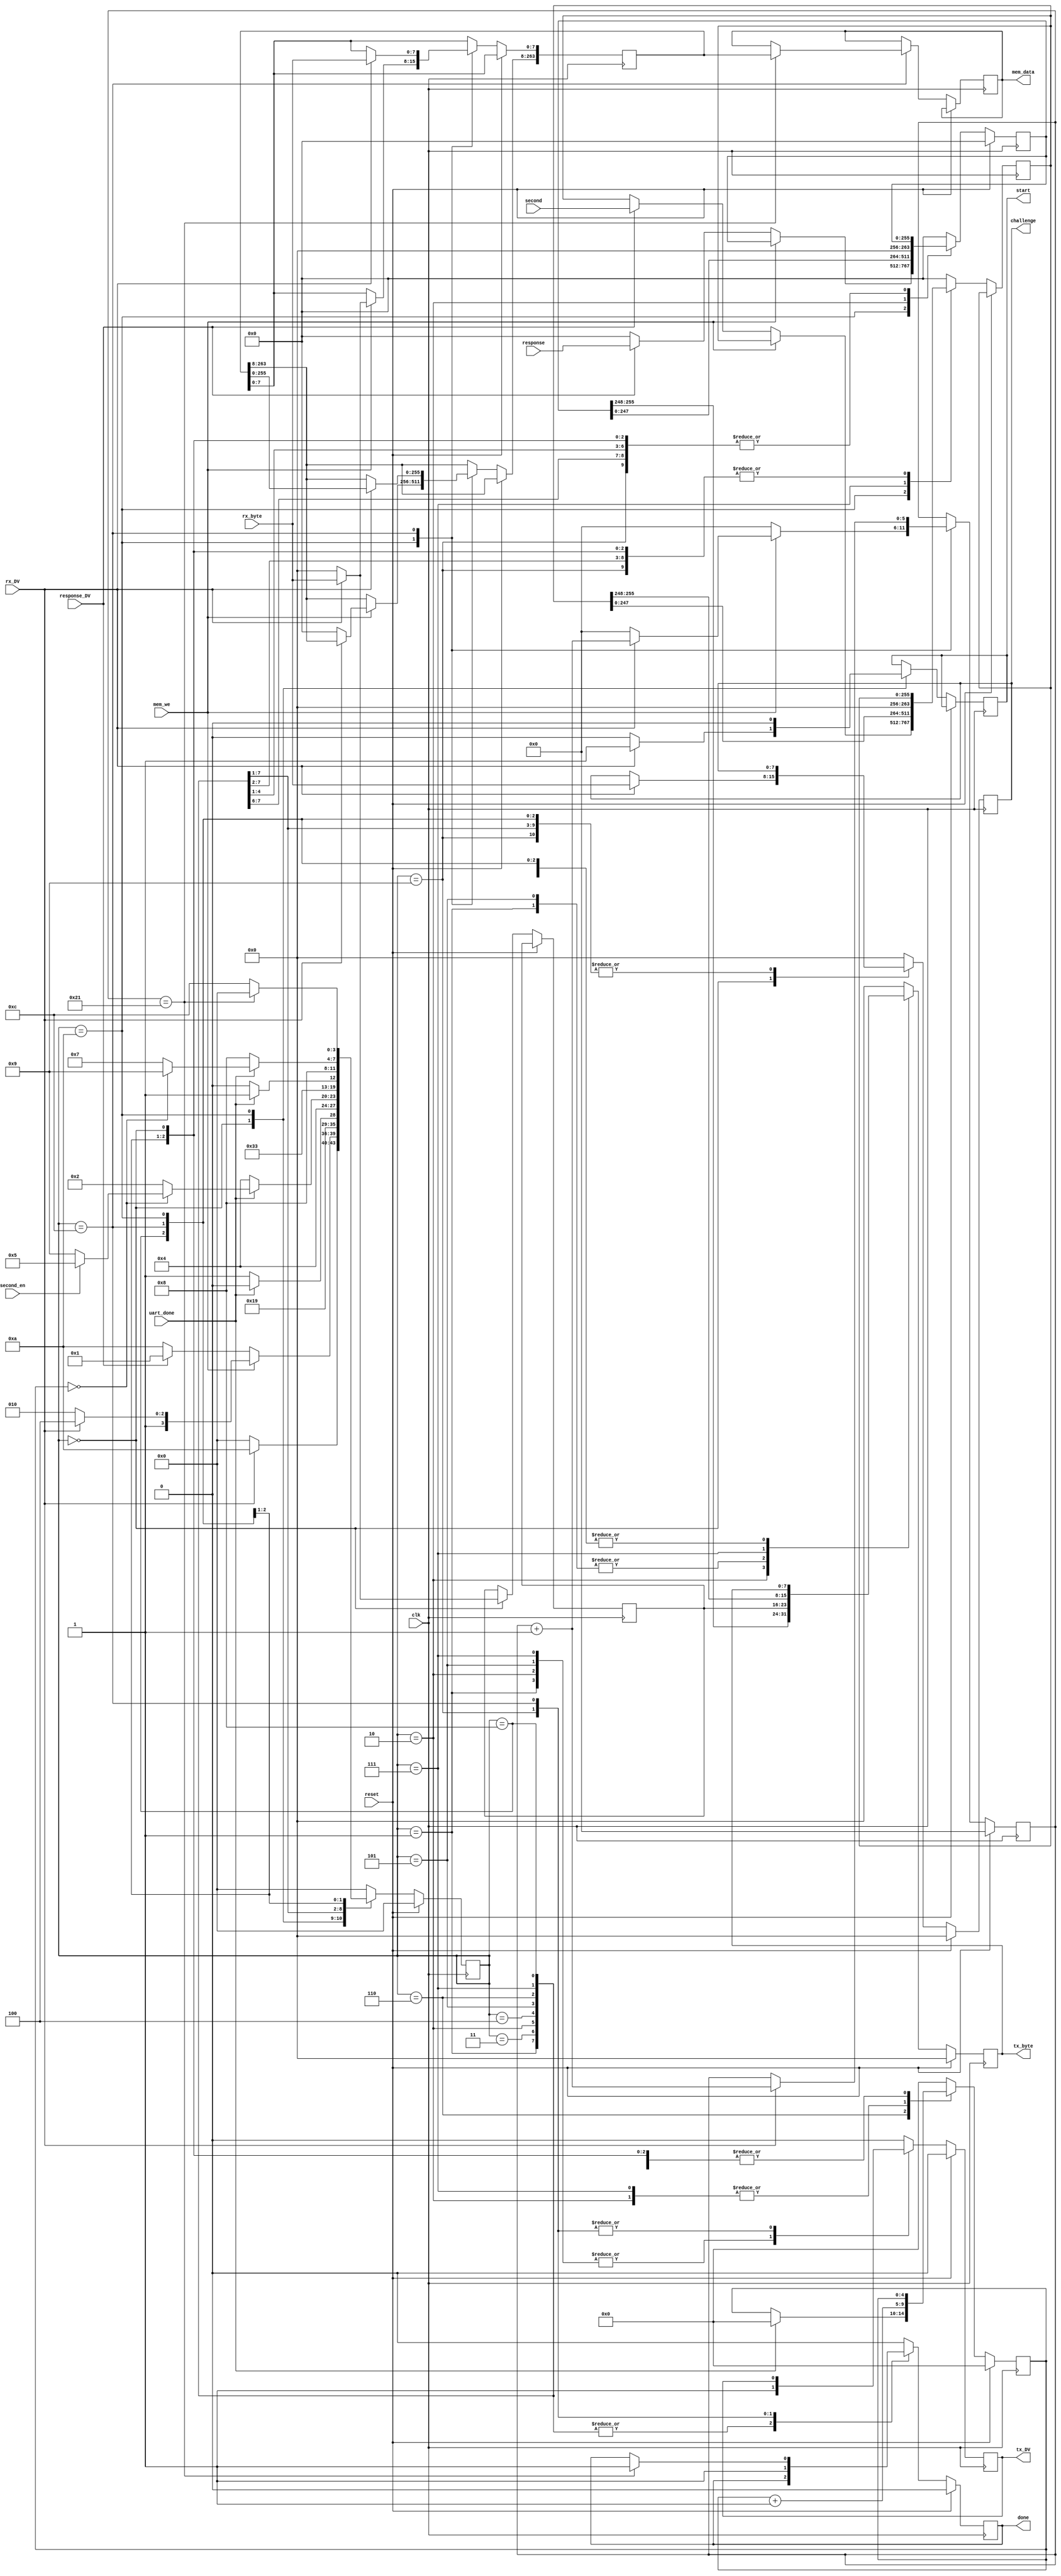
module uart_controller(
    input clk,
    input reset,
    input [7:0] rx_byte,
    input rx_DV,
    input [255:0] response,
    input response_DV,
    input uart_done,
    input mem_we,
    output reg [7:0] challenge,
    output reg [7:0] tx_byte,
    output reg tx_DV,
    output reg done,
    output reg start,
    output reg [263:0] mem_data,
	/////////////////////////////
	input [255:0] second,
    input second_en  
	
    );
    
    // FSM State variables
    reg [3:0] state;
    parameter SLEEP=4'd0, SENDC=4'd1, SENDR=4'd2, WAITC=4'd3, WAITR=4'd4, SENDC2=4'd5, WAITC2=4'd6, SENDS=4'd7, WAITS=4'd8, END=4'd9, IDLE=4'd10, RECV=4'd11, RECV_MEM=4'd12;
    
    // Counter 0 to 31
    reg [4:0] counter;
    reg [5:0] counter_wm;
    
    reg [263:0] write_data;
    
    // Temp register
    reg [255:0] temp_response;
	reg [255:0] temp_second;
    reg [7:0] temp_challenge ;
    
    always@(posedge clk) begin
        if (reset) begin
            state <=SLEEP;
            tx_byte <= 8'd0;
            tx_DV <= 1'b0;
            done <= 1'b0;
            counter <= 5'b0;
            temp_response <= 256'b0;
            counter_wm <= 6'b0;
            challenge <= 8'b0;
        end
        else begin
            case (state)
                SLEEP: begin
                    tx_byte <= 8'd0;
                    tx_DV <= 1'b0;
                    done <= 1'b0;
                    if (rx_DV) begin
                        state <= IDLE;
                        temp_challenge <= rx_byte;
                        challenge <= rx_byte;
                        start <= 1'b1;
                    end else begin
                        state <= SLEEP;
                        temp_challenge <= 8'b0;
                        start <= 1'b0;
                    end
                end
                IDLE:   begin
                    tx_DV <= 1'b0;
                    counter <= 5'b0;
                    counter_wm <= 6'b0;
                    done <= 1'b0;
                    start <= 1'b0;
                    if (mem_we) begin
                        if (rx_DV) begin
                            state <= RECV_MEM;
                            write_data[7:0] <= rx_byte;
                            counter_wm <= counter_wm + 1;
                        end else begin
                            state <= IDLE;
                            write_data <= 264'b0;
                        end
                    end
                    else begin
                        if (response_DV) begin
                            state <= SENDC;
                            temp_response <= response;
							temp_second <= second;
                        end else begin
                            state <= IDLE;
                            temp_response <= 256'd0;
                        end
                    end
                end
                SENDC: begin
                    state <= WAITC;
                    tx_byte <= temp_challenge;
                    tx_DV <= 1'b1;                        
                end
                WAITC: begin
                    tx_DV <= 1'b0;
                    if (uart_done) begin
                        state <= SENDR;
                    end else begin
                        state <= WAITC;
                    end
                end
                SENDR:  begin
                    state <= WAITR;
                    tx_byte <= temp_response[255:248];
                    temp_response <= {temp_response[247:0],8'd0};
                    tx_DV <= 1'b1;
                    counter <= counter + 1;
                end
                WAITR:  begin
                    tx_DV <= 1'b0;
                    if (uart_done) begin
                        if (counter == 5'b0)
							if (second_en)
								state <= SENDC2;
							else
								state <= END;
                        else
                            state <= SENDR;
                    end else begin
                        state <= WAITR;
                    end
                end
				SENDC2:	begin
                    state <= WAITC2;
                    tx_byte <= temp_challenge;
                    tx_DV <= 1'b1;                        
                end
                WAITC2: begin
                    tx_DV <= 1'b0;
                    if (uart_done) begin
                        state <= SENDS;
						counter <= 0;
                    end else begin
                        state <= WAITC2;
                    end
                end
				SENDS:  begin
                    state <= WAITS;
                    tx_byte <= temp_second[255:248];
                    temp_second <= {temp_second[247:0],8'd0};
                    tx_DV <= 1'b1;
                    counter <= counter + 1;
                end
                WAITS:  begin
                    tx_DV <= 1'b0;
                    if (uart_done) begin
                        if (counter == 5'b0)
							state <= END;
                        else
                            state <= SENDS;
                    end else begin
                        state <= WAITS;
                    end
                end
                END:    begin
                    state <= SLEEP;
                    done <= 1'b1;
                end
                //-----------------------------------
                RECV_MEM: begin
                    if (rx_DV) begin
                        counter_wm <= counter_wm + 1;
                        write_data <= {write_data[255:0],rx_byte};
                    end
                    if (counter_wm == 33) begin
                        mem_data <= write_data;
                        state <= SLEEP;
                        done <= 1'b1;
                    end else 
                        state <= RECV_MEM;            
                end
                //-----------------------------------
                default: begin
                    state <= SLEEP;
                    tx_byte <= 8'd0;
                    tx_DV <= 1'b0;
                    done <= 1'b0;
                    counter <= 5'b0;
                    temp_response <= 256'b0;
					temp_second <= 256'b0;
                    challenge <= 8'b0;
                end
            endcase
        end
    end
	
    
endmodule